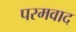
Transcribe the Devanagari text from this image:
परमवाद